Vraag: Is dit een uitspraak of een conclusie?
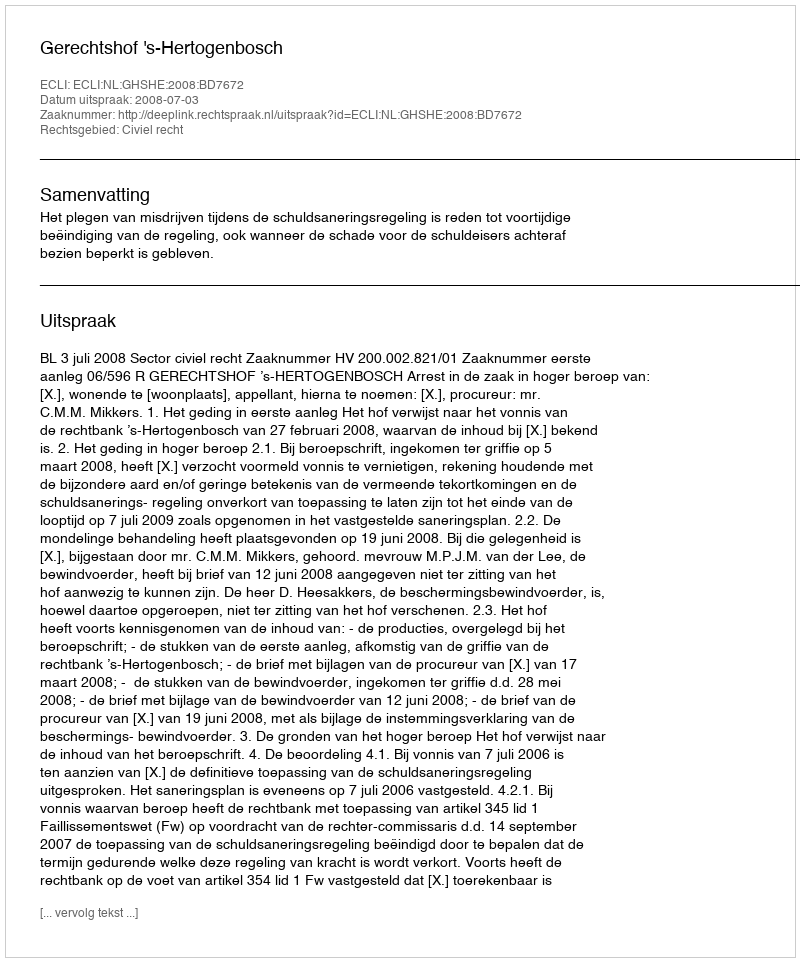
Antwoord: Uitspraak